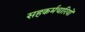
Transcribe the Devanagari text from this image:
सहकर्मचारियों